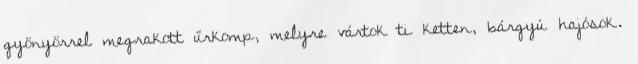
gyönyörrel megrakott űrkomp, melyre vártok ti ketten, bárgyú hajósok.